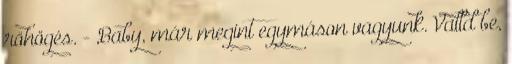
röhögés. - Baby, már megint egymáson vagyunk. Valld be,